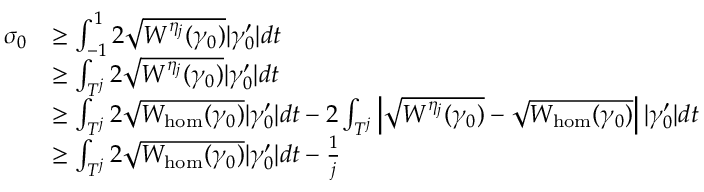
\begin{array} { r l } { \sigma _ { 0 } } & { \geq \int _ { - 1 } ^ { 1 } { 2 \sqrt { W ^ { \eta _ { j } } ( \gamma _ { 0 } ) } | \gamma _ { 0 } ^ { \prime } | d t } } \\ & { \geq \int _ { T ^ { j } } { 2 \sqrt { W ^ { \eta _ { j } } ( \gamma _ { 0 } ) } | \gamma _ { 0 } ^ { \prime } | d t } } \\ & { \geq \int _ { T ^ { j } } { 2 \sqrt { W _ { \mathrm { h o m } } ( \gamma _ { 0 } ) } | \gamma _ { 0 } ^ { \prime } | d t } - 2 \int _ { T ^ { j } } \left| \sqrt { W ^ { \eta _ { j } } ( \gamma _ { 0 } ) } - \sqrt { { W } _ { \mathrm { h o m } } ( \gamma _ { 0 } ) } \right| | \gamma _ { 0 } ^ { \prime } | d t } \\ & { \geq \int _ { T ^ { j } } { 2 \sqrt { W _ { \mathrm { h o m } } ( \gamma _ { 0 } ) } | \gamma _ { 0 } ^ { \prime } | d t } - \frac { 1 } { j } } \end{array}